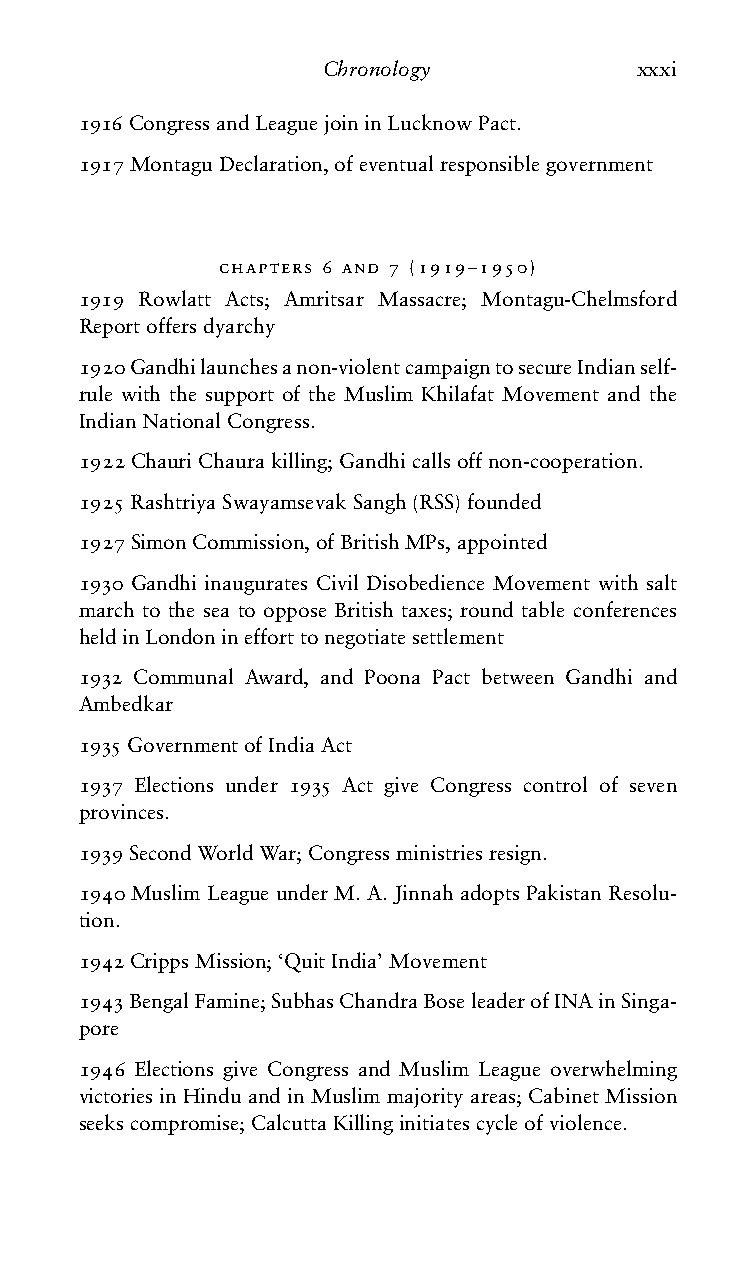
Chronology          xxxi
 1916CongressandLeaguejoininLucknowPact.
 1917MontaguDeclaration,ofeventualresponsiblegovernment
 chapters 6 and 7 (1919–1950)
 1919 Rowlatt Acts; Amritsar Massacre; Montagu-Chelmsford
 Reportoffersdyarchy
 1920Gandhilaunchesanon-violentcampaigntosecureIndianself-
 rule with the support of the Muslim Khilafat Movement and the
 IndianNationalCongress.
 1922ChauriChaurakilling;Gandhicallsoffnon-cooperation.
 1925RashtriyaSwayamsevakSangh(RSS)founded
 1927SimonCommission,ofBritishMPs,appointed
 1930 Gandhi inaugurates Civil Disobedience Movement with salt
 march to the sea to oppose British taxes; round table conferences
 heldinLondoninefforttonegotiatesettlement
 1932 Communal Award, and Poona Pact between Gandhi and
 Ambedkar
 1935GovernmentofIndiaAct
 1937 Elections under 1935 Act give Congress control of seven
 provinces.
 1939SecondWorldWar;Congressministriesresign.
 1940 Muslim League under M. A. Jinnah adopts Pakistan Resolu-
 tion.
 1942CrippsMission;‘QuitIndia’Movement
 1943BengalFamine;SubhasChandraBoseleaderofINAinSinga-
 pore
 1946 Elections give Congress and Muslim League overwhelming
 victories in Hindu and in Muslim majority areas; Cabinet Mission
 seekscompromise;CalcuttaKillinginitiatescycleofviolence.